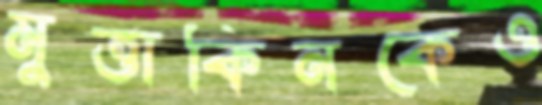
মুত্তাকিনকেও